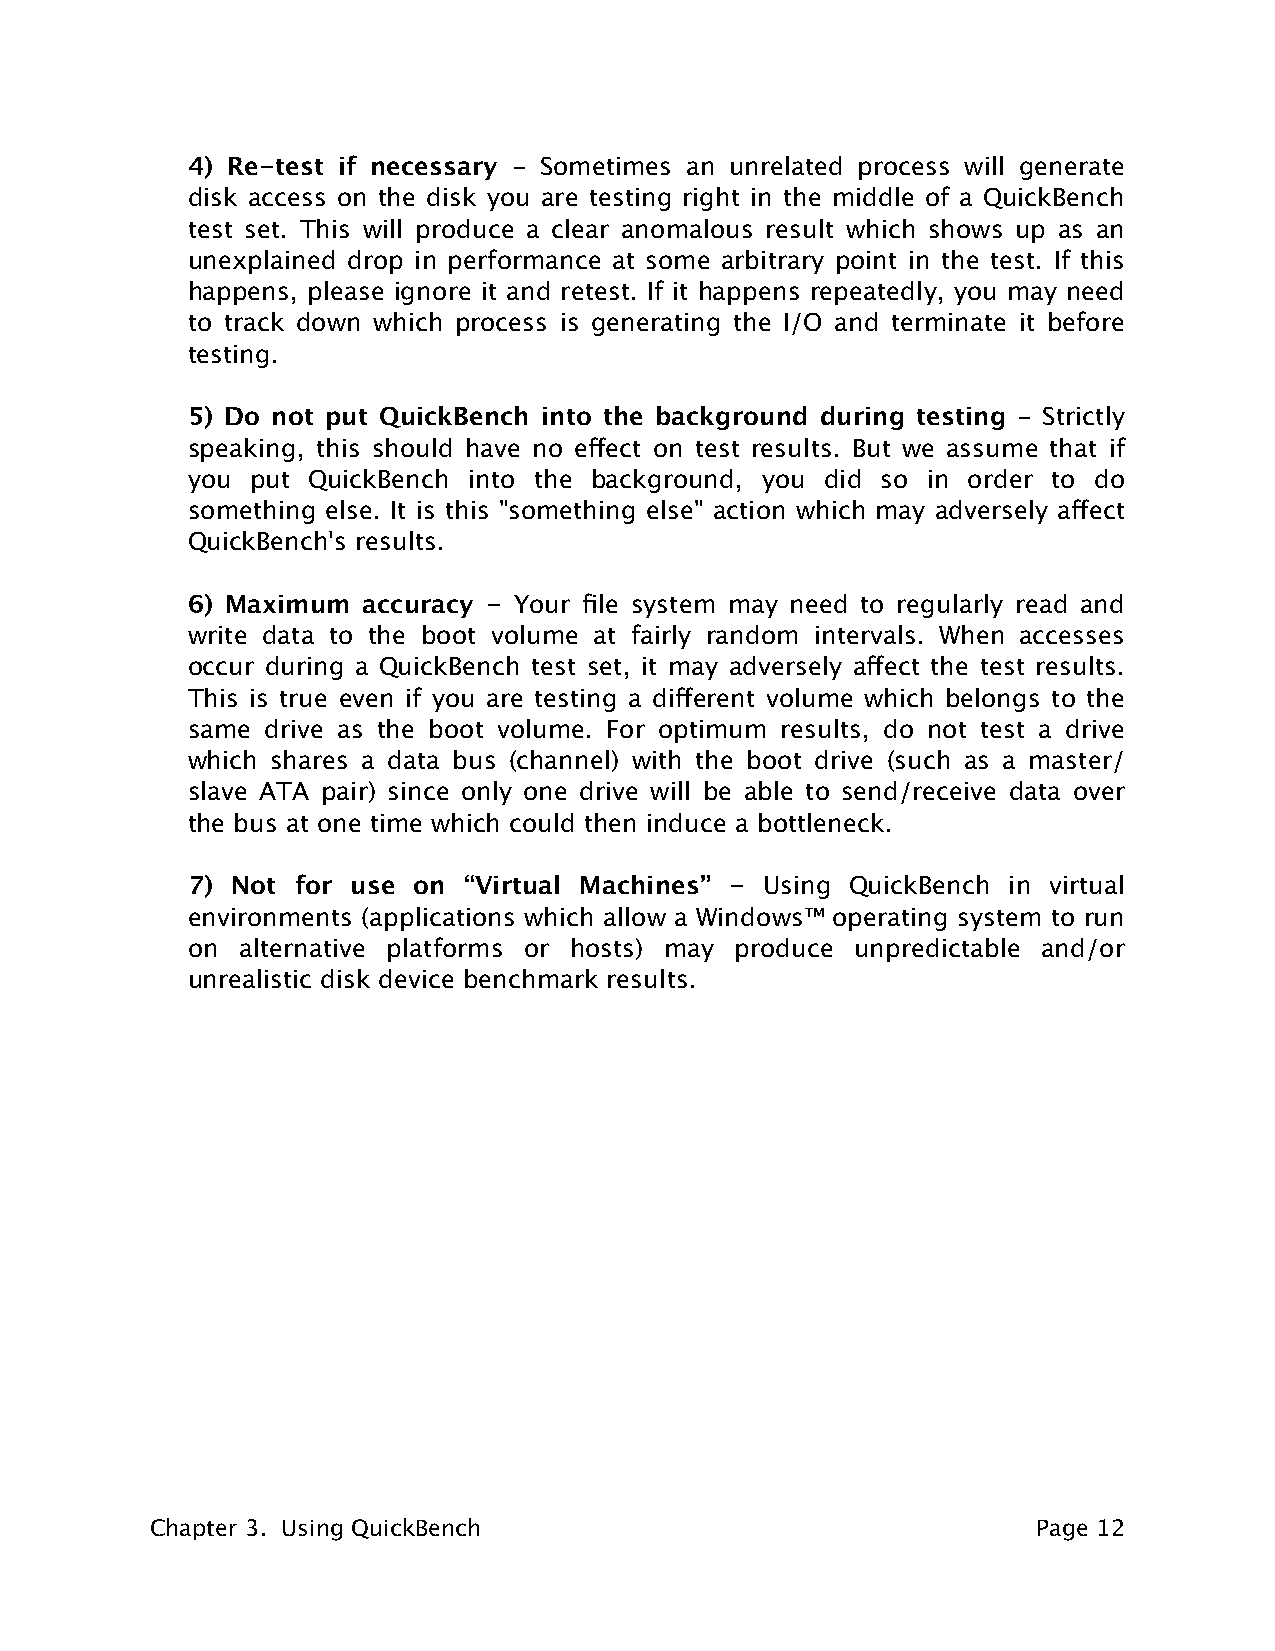
4) Re-test if necessary - Sometimes an unrelated process will generate
 disk access on the disk you are testing right in the middle of a QuickBench
 test set. This will produce a clear anomalous result which shows up as an
 unexplained drop in performance at some arbitrary point in the test. If this
 happens, please ignore it and retest. If it happens repeatedly, you may need
 to track down which process is generating the I/O and terminate it before
 testing.
 5) Do not put QuickBench into the background during testing - Strictly
 speaking, this should have no effect on test results. But we assume that if
 you  put QuickBench into the background, you did so in order to do
 something else. It is this "something else" action which may adversely affect
 QuickBench's results.
 6) Maximum  accuracy - Your file system may need to regularly read and
 write data to the boot volume at fairly random intervals. When accesses
 occur during a QuickBench test set, it may adversely affect the test results.
 This is true even if you are testing a different volume which belongs to the
 same drive as the boot volume. For optimum results, do not test a drive
 which shares a data bus (channel) with the boot drive (such as a master/
 slave ATA pair) since only one drive will be able to send/receive data over
 the bus at one time which could then induce a bottleneck.
 7) Not for use on  “Virtual Machines” - Using QuickBench in virtual
 environments (applications which allow a Windows™ operating system to run
 on  alternative platforms or hosts) may produce unpredictable and/or
 unrealistic disk device benchmark results.
 Chapter 3. Using QuickBench                                Page 12